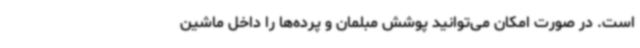
است. در صورت امکان می‌توانید پوشش مبلمان و پرده‌ها را داخل ماشین